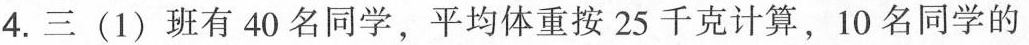
4.三(1)班有40名同学，平均体重按25千克计算，10名同学的